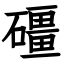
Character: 礓